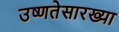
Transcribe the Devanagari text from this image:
उष्णतेसारख्या